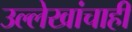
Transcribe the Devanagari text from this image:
उल्लेखांचाही